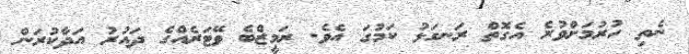
ނެތި ހުރުމަށްވުރެ އެގޮތް ރަނގަޅު ކަމުގަ އެވެ. ރަމީޒްބެ ވޭޓަރެއްގެ ދައުރު އަދާކުރަން